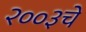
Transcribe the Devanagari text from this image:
२००३चे